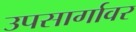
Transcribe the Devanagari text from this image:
उपसार्गावर